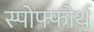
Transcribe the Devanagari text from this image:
स्पोफ्फोर्थ